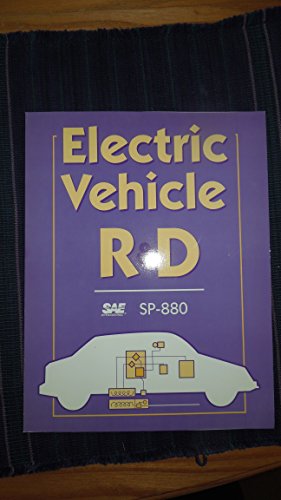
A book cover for Electric Vehicle R & D (S P (Society of Automotive Engineers)); Engineering & Transportation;